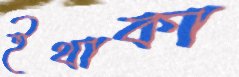
ইথাকা